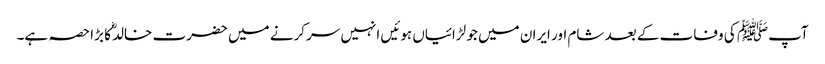
آپﷺ کی وفات کے بعد شام اور ایران میں جو لڑائیاں ہوئیں انہیں سرکرنے میں حضرت خالدؓ کا بڑا حصہ ہے۔